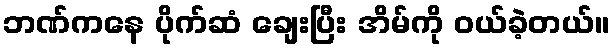
ဘဏ်ကနေ ပိုက်ဆံ ချေးပြီး အိမ်ကို ဝယ်ခဲ့တယ်။